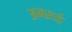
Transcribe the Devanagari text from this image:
अमराई